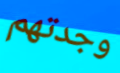
وجدتهم